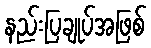
နည်းပြချုပ်အဖြစ်